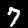
Label: 7